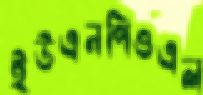
ইউএনপিওএল